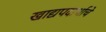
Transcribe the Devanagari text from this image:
खाद्यपदार्थाचे